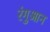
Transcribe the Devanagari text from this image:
रंगुआन